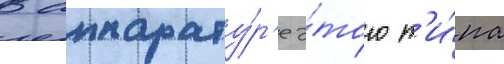
В аппарату́р'е э́того т'и́па